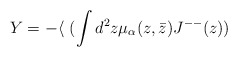
\begin{align*}Y=-\langle ~(\int d^2 z \mu_{\alpha}(z,\bar z) J^{--}(z))\end{align*}